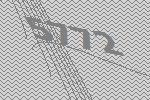
5772